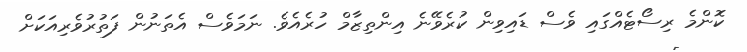
ކޮންމެ ރިސޯޓެއްގައި ވެސް ޑައިވިން ކުރެވޭނެ އިންތިޒާމް ހުރެއެވެ. ނަމަވެސް އެތަނުން ފަތުރުވެރިއަކަށް